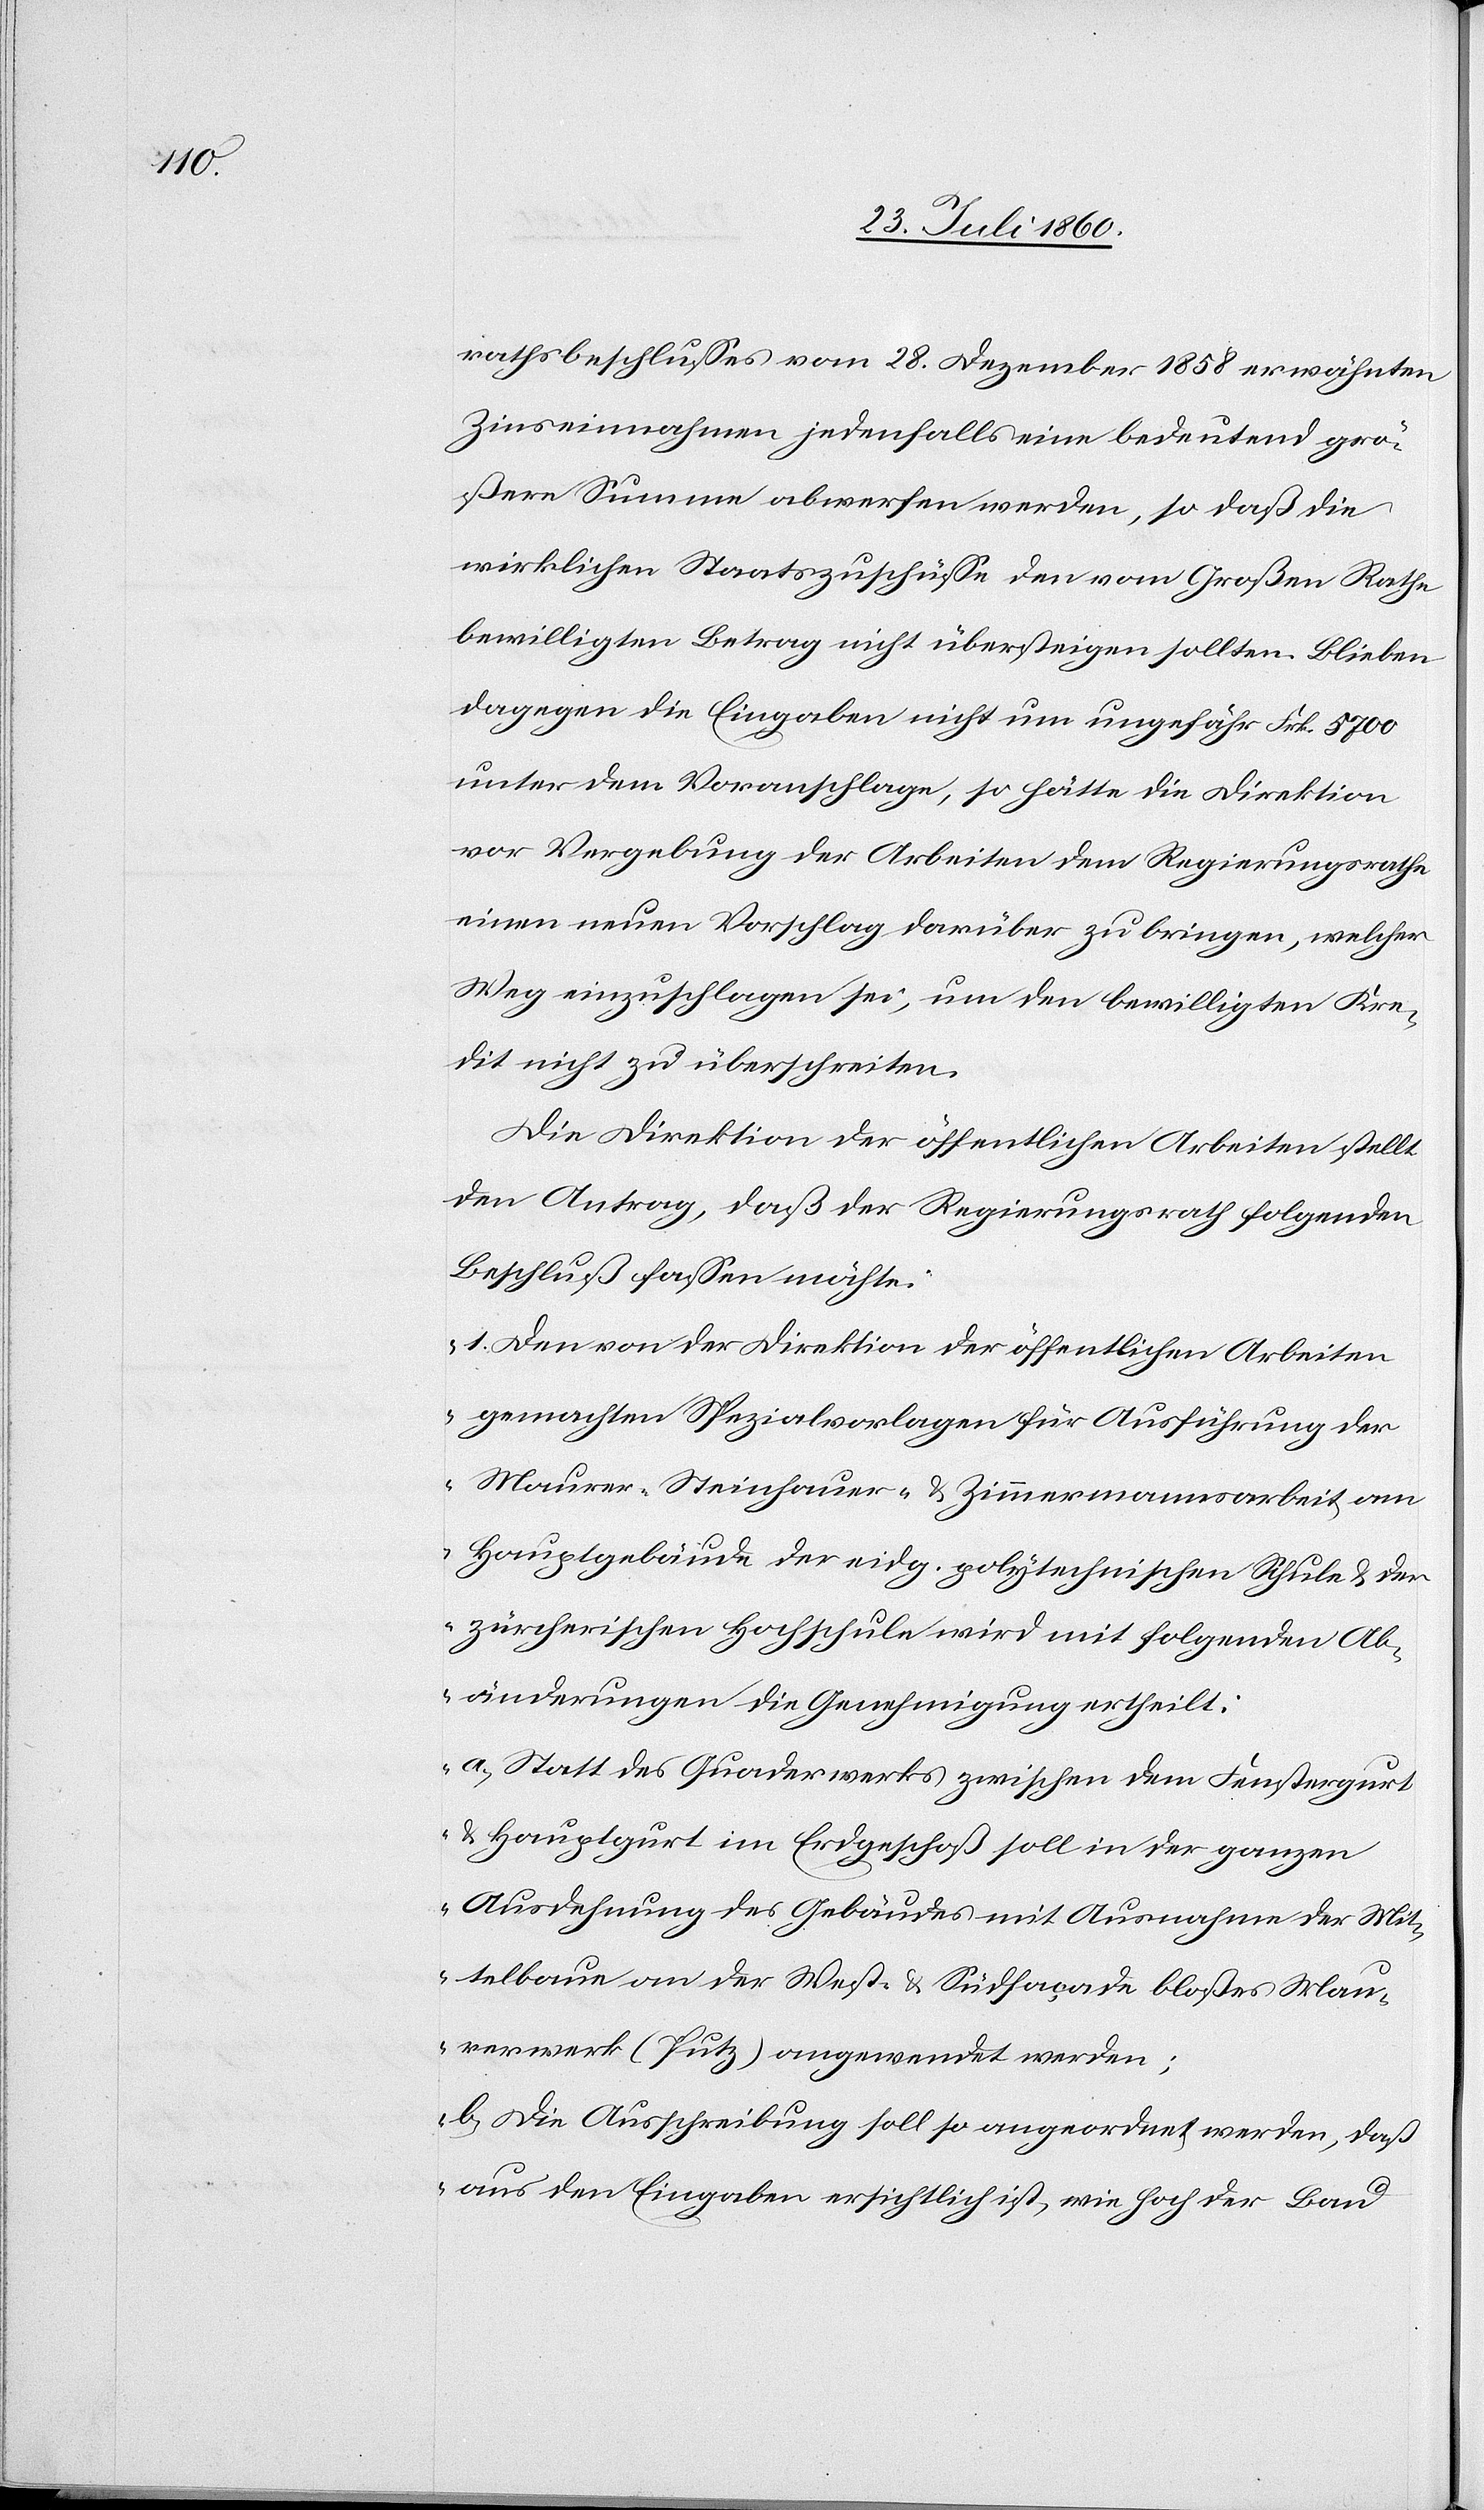
Groß¬

rathsbeschlusses vom 28. Christmonat 1858 erwähnten
Zinseinnahmen jedenfalls eine bedeutend grös¬
sere Summe abwerfen werden, so dass die
wirklichen Staatszuschüsse den vom Grossen Rathe
bewilligten Betrag nicht übersteigen sollten. Bleiben
dagegen die Eingaben nicht um ungefähr fcs. 57000
unter dem Voranschlage, so hätte die Direktion
der Vergebung der Arbeiten dem Regierungsrathe
einen neuen Vorschlag darüber zu bringen, welcher
Weg einzuschlagen sei, um den bewilligten Kre¬
dit nicht zu überschreiten.
Die Direktion der öffentlichen Arbeiten stellt
den Antrag, daß der Regierungsrath folgenden
Beschluss fassen möchte:
„1) Den von der Direktion der öffentlichen Arbeiten
gemachten Spezialvorlagen für Ausführung der
Maurer- Steinhauer- u. Zimmermannsarbeit am
Hauptgebäude der eidg. polytechnischen Hochschule wird
Abänderungen die Genehmigung ertheilt:
a. statt des Quaderwerks zwischen dem Fenstergurt
u. Hauptgurt im Erdgeschoß soll in der ganzen
Ausdehnung des Gebäudes mit Ausnahme der Mit¬
telbau an der West- u. Südfaçade blosses Mau¬
erwerk (Putz) angewendet werden.
b. die Ausschreibung soll so angeordnet werden, dass
aus den Eingaben ersichtlich ist, wie hoch der Bau